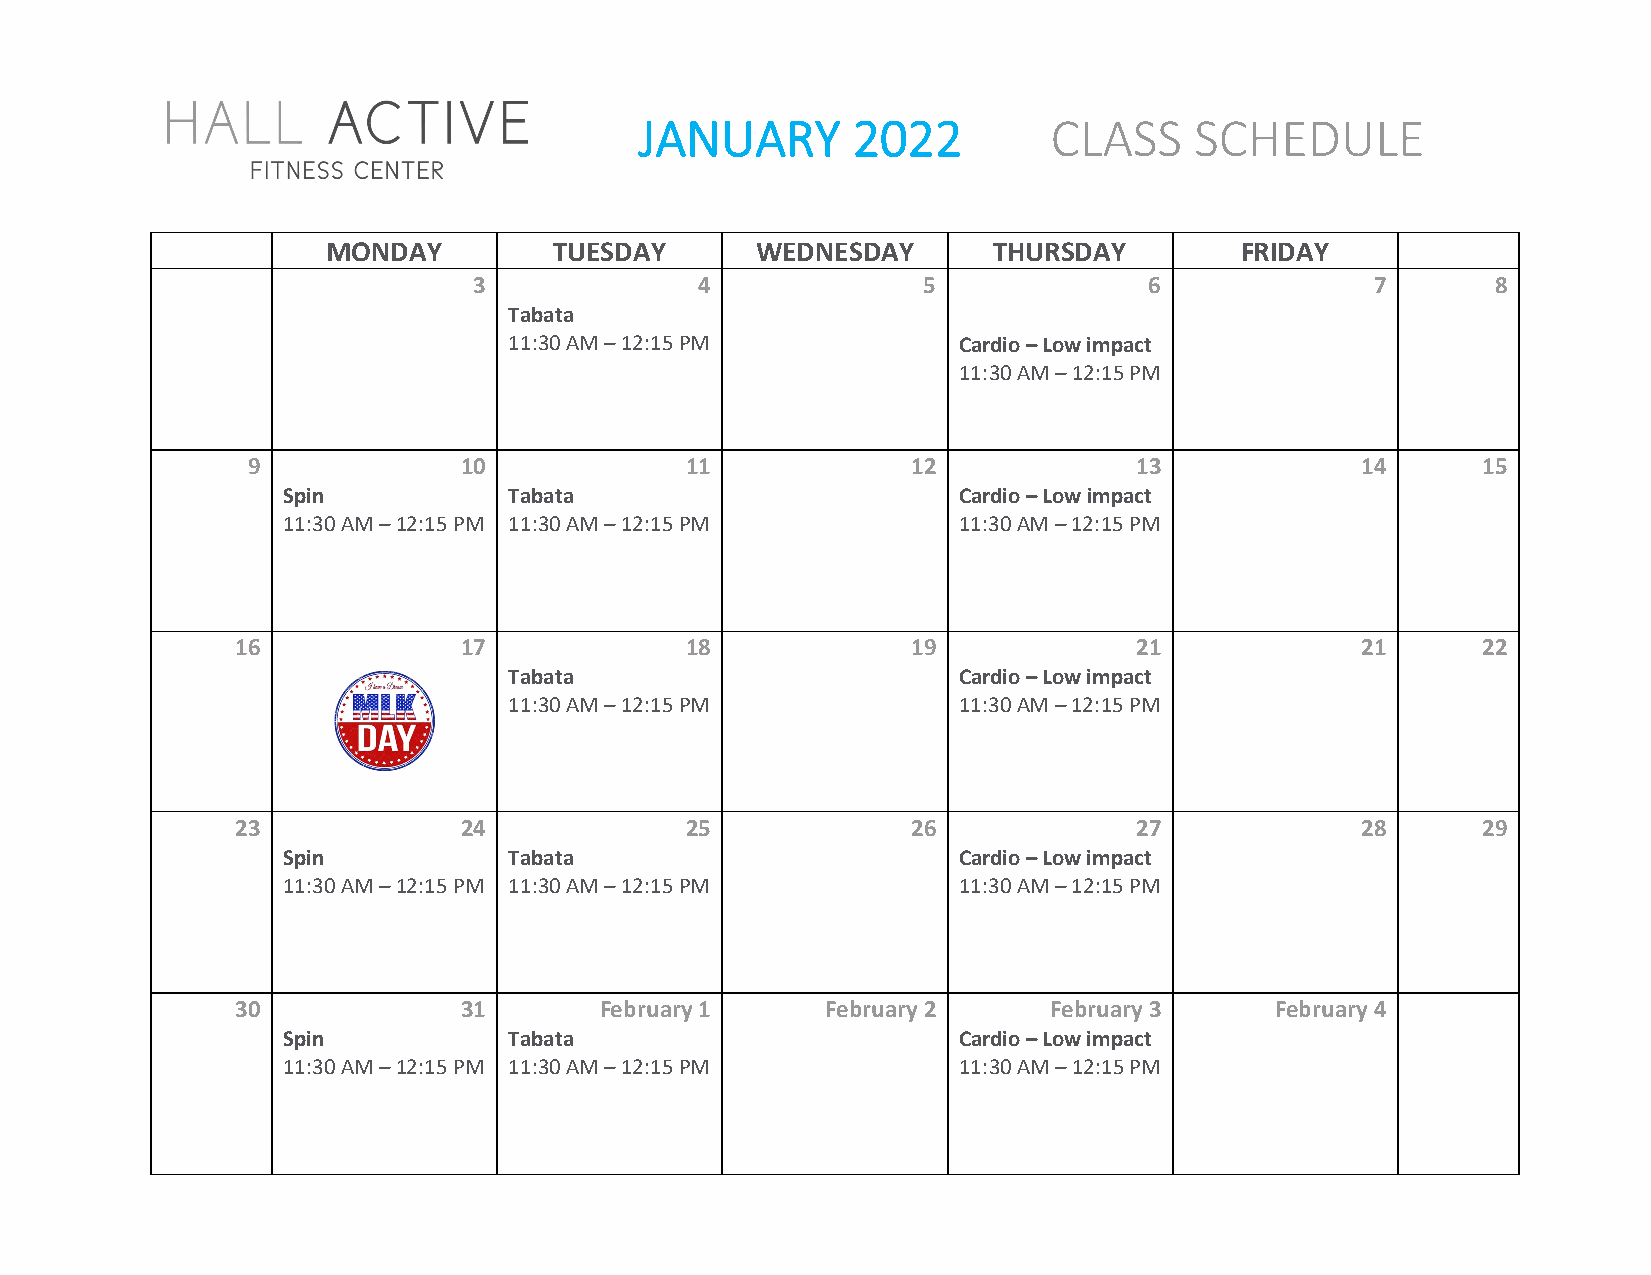
JANUARY       2022          CLASS    SCHEDULE
 MONDAY         TUESDAY      WEDNESDAY       THURSDAY        FRIDAY
 3              4              5              6              7       8
 Tabata
 11:30 AM – 12:15 PM          Cardio – Low impact
 11:30 AM – 12:15 PM
 9             10             11             12             13             14      15
 Spin           Tabata                       Cardio – Low impact
 11:30 AM – 12:15 PM 11:30 AM – 12:15 PM     11:30 AM – 12:15 PM
 16            17             18             19             21             21      22
 Tabata                       Cardio – Low impact
 11:30 AM – 12:15 PM          11:30 AM – 12:15 PM
 23            24             25             26             27             28      29
 Spin           Tabata                       Cardio – Low impact
 11:30 AM – 12:15 PM 11:30 AM – 12:15 PM     11:30 AM – 12:15 PM
 30            31        February 1     February 2    February 3     February 4
 Spin           Tabata                       Cardio – Low impact
 11:30 AM – 12:15 PM 11:30 AM – 12:15 PM     11:30 AM – 12:15 PM